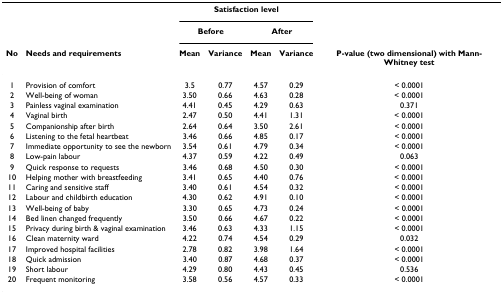
<table><thead><tr><td></td><td></td><td colspan="4"><b>Satisfaction level</b></td><td></td></tr><tr><td></td><td></td><td colspan="2"><b>Before</b></td><td colspan="2"><b>After</b></td><td></td></tr><tr><td><b>No</b></td><td><b>Needs and requirements</b></td><td><b>Mean</b></td><td><b>Variance</b></td><td><b>Mean</b></td><td><b>Variance</b></td><td><b>P-value (two dimensional) with Mann-Whitney test</b></td></tr></thead><tbody><tr><td>1</td><td>Provision of comfort</td><td>3.5</td><td>0.77</td><td>4.57</td><td>0.29</td><td>&lt; 0.0001</td></tr><tr><td>2</td><td>Well-being of woman</td><td>3.50</td><td>0.66</td><td>4.63</td><td>0.28</td><td>&lt; 0.0001</td></tr><tr><td>3</td><td>Painless vaginal examination</td><td>4.41</td><td>0.45</td><td>4.29</td><td>0.63</td><td>0.371</td></tr><tr><td>4</td><td>Vaginal birth</td><td>2.47</td><td>0.50</td><td>4.41</td><td>1.31</td><td>&lt; 0.0001</td></tr><tr><td>5</td><td>Companionship after birth</td><td>2.64</td><td>0.64</td><td>3.50</td><td>2.61</td><td>&lt; 0.0001</td></tr><tr><td>6</td><td>Listening to the fetal heartbeat</td><td>3.46</td><td>0.66</td><td>4.85</td><td>0.17</td><td>&lt; 0.0001</td></tr><tr><td>7</td><td>Immediate opportunity to see the newborn</td><td>3.54</td><td>0.61</td><td>4.79</td><td>0.34</td><td>&lt; 0.0001</td></tr><tr><td>8</td><td>Low-pain labour</td><td>4.37</td><td>0.59</td><td>4.22</td><td>0.49</td><td>0.063</td></tr><tr><td>9</td><td>Quick response to requests</td><td>3.46</td><td>0.68</td><td>4.50</td><td>0.30</td><td>&lt; 0.0001</td></tr><tr><td>10</td><td>Helping mother with breastfeeding</td><td>3.41</td><td>0.65</td><td>4.40</td><td>0.76</td><td>&lt; 0.0001</td></tr><tr><td>11</td><td>Caring and sensitive staff</td><td>3.40</td><td>0.61</td><td>4.54</td><td>0.32</td><td>&lt; 0.0001</td></tr><tr><td>12</td><td>Labour and childbirth education</td><td>4.30</td><td>0.62</td><td>4.91</td><td>0.10</td><td>&lt; 0.0001</td></tr><tr><td>13</td><td>Well-being of baby</td><td>3.30</td><td>0.65</td><td>4.73</td><td>0.24</td><td>&lt; 0.0001</td></tr><tr><td>14</td><td>Bed linen changed frequently</td><td>3.50</td><td>0.66</td><td>4.67</td><td>0.22</td><td>&lt; 0.0001</td></tr><tr><td>15</td><td>Privacy during birth &amp; vaginal examination</td><td>3.46</td><td>0.63</td><td>4.33</td><td>1.15</td><td>&lt; 0.0001</td></tr><tr><td>16</td><td>Clean maternity ward</td><td>4.22</td><td>0.74</td><td>4.54</td><td>0.29</td><td>0.032</td></tr><tr><td>17</td><td>Improved hospital facilities</td><td>2.78</td><td>0.82</td><td>3.98</td><td>1.64</td><td>&lt; 0.0001</td></tr><tr><td>18</td><td>Quick admission</td><td>3.40</td><td>0.87</td><td>4.68</td><td>0.37</td><td>&lt; 0.0001</td></tr><tr><td>19</td><td>Short labour</td><td>4.29</td><td>0.80</td><td>4.43</td><td>0.45</td><td>0.536</td></tr><tr><td>20</td><td>Frequent monitoring</td><td>3.58</td><td>0.56</td><td>4.57</td><td>0.33</td><td>&lt; 0.0001</td></tr></tbody></table>